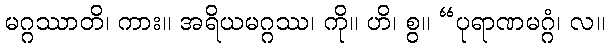
မဂ္ဂဿာတိ၊ ကား။ အရိယမဂ္ဂဿ၊ ကို။ ဟိ၊ စွ။ “ပုရာဏမဂ္ဂံ၊ လ။